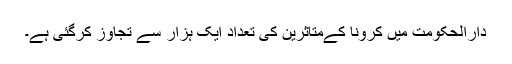
دارالحکومت میں کرونا کےمتاثرین کی تعداد ایک ہزار سے تجاوز کرگئی ہے۔